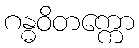
ဂန္ဓဝိတက္ကော